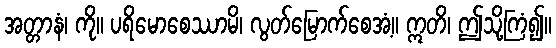
အတ္တာနံ၊ ကို။ ပရိမောစေဿာမိ၊ လွတ်မြောက်စေအံ့။ ဣတိ၊ ဤသို့ကြံ၍။